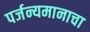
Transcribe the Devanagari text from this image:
पर्जन्यमानाचा